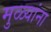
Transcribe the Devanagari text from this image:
मुळ्यांना